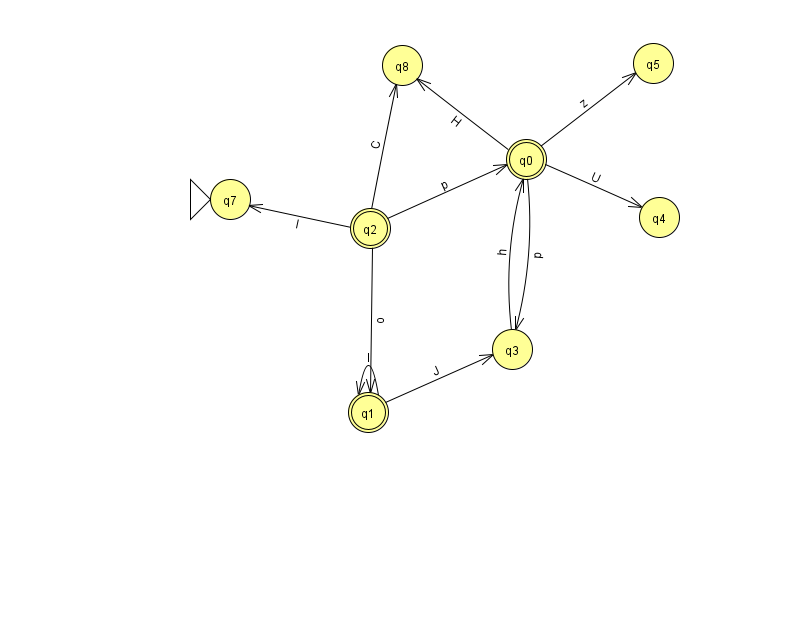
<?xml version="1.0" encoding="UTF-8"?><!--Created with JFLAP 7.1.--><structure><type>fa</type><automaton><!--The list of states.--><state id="0" name="q0"><x>526.0</x><y>146.0</y><final/></state><state id="1" name="q1"><x>368.0</x><y>399.0</y><final/></state><state id="2" name="q2"><x>370.0</x><y>215.0</y><final/></state><state id="3" name="q3"><x>512.0</x><y>336.0</y></state><state id="4" name="q4"><x>659.0</x><y>204.0</y></state><state id="5" name="q5"><x>653.0</x><y>50.0</y></state><state id="7" name="q7"><x>230.0</x><y>186.0</y><initial/></state><state id="8" name="q8"><x>402.0</x><y>52.0</y></state><!--The list of transitions.--><transition><from>3</from><to>0</to><read>h</read></transition><transition><from>1</from><to>3</to><read>J</read></transition><transition><from>0</from><to>4</to><read>U</read></transition><transition><from>0</from><to>5</to><read>z</read></transition><transition><from>2</from><to>0</to><read>p</read></transition><transition><from>2</from><to>8</to><read>C</read></transition><transition><from>0</from><to>3</to><read>p</read></transition><transition><from>1</from><to>1</to><read>I</read></transition><transition><from>0</from><to>8</to><read>H</read></transition><transition><from>2</from><to>1</to><read>o</read></transition><transition><from>2</from><to>7</to><read>I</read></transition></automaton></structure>